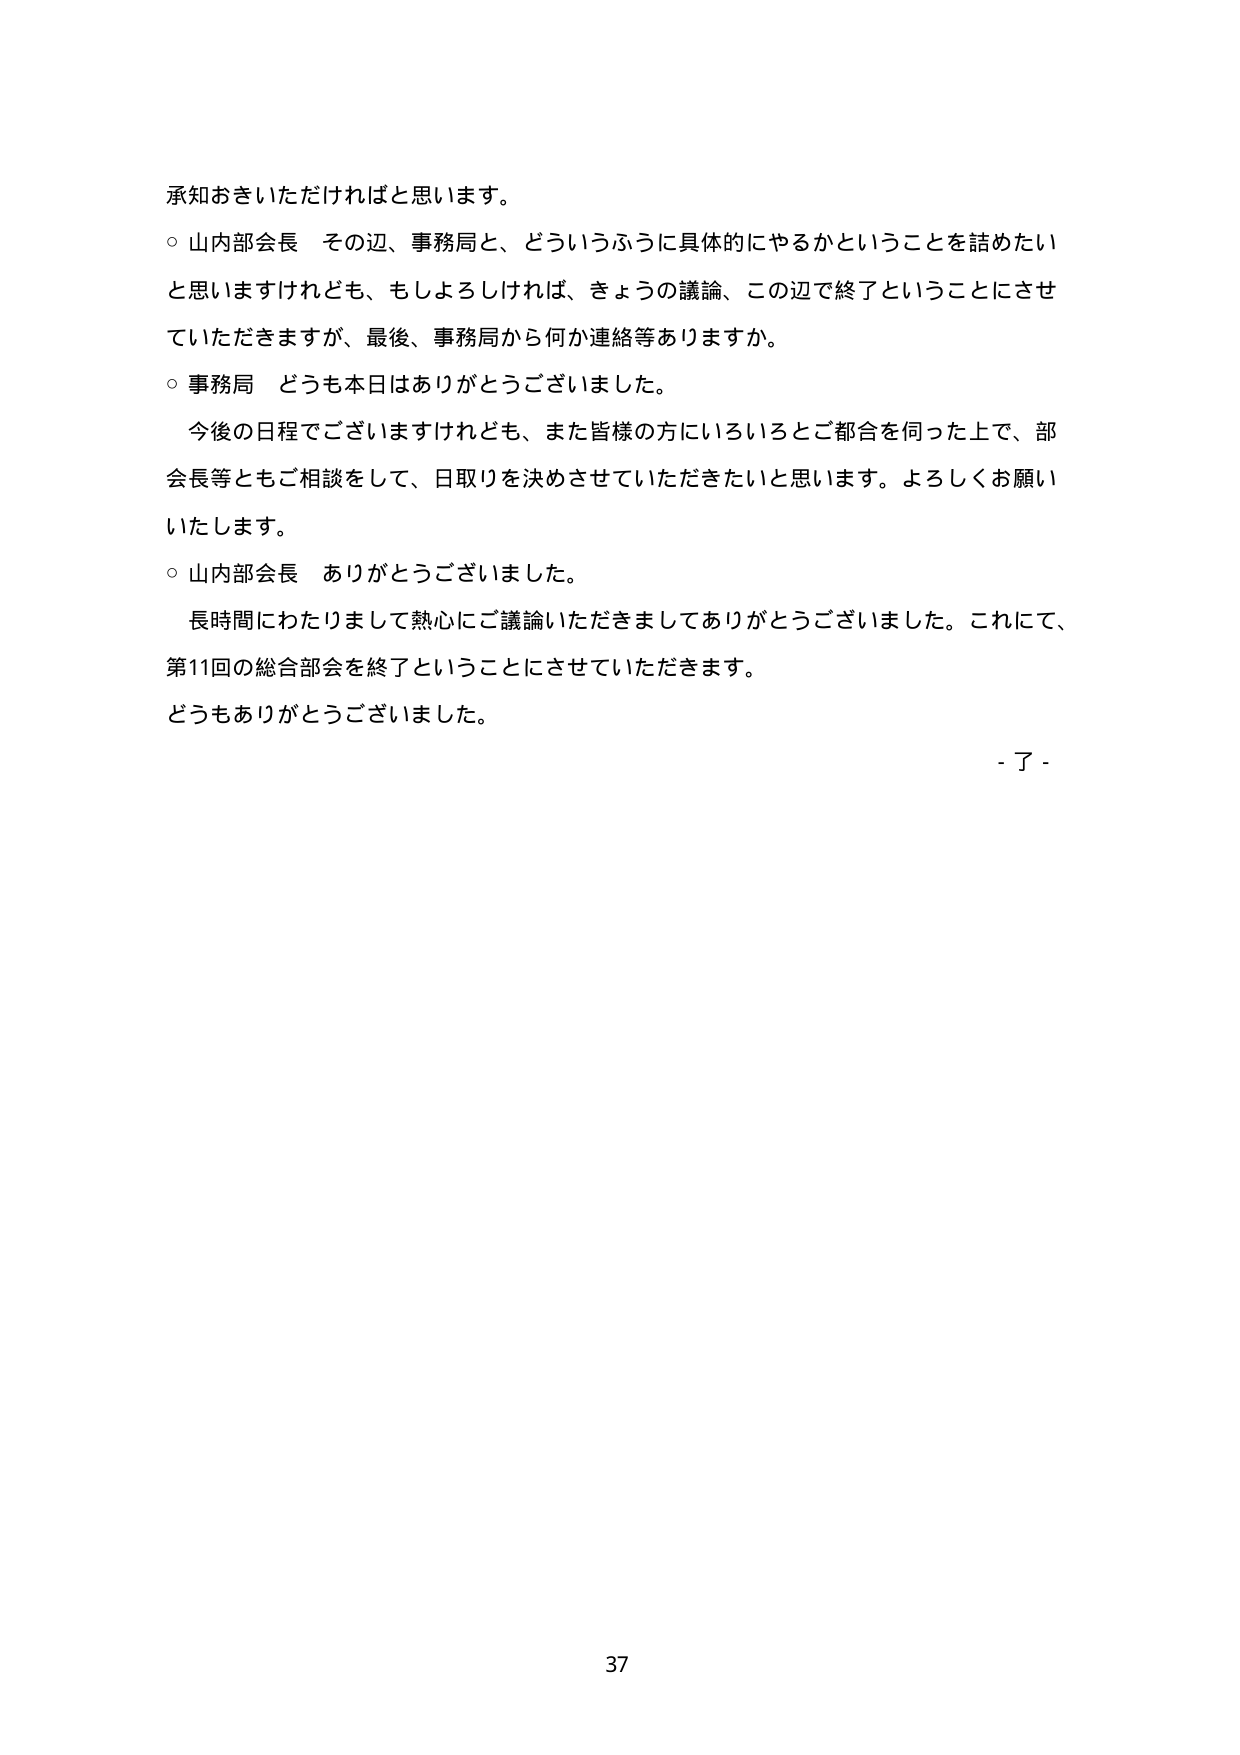
承知おきいただければと思います。

○ 山内部会長 その辺、事務局と、どういうふうに具体的にやるかということを詰めたいと思いますけれども、もしよろしければ、きょうの議論、この辺で終了ということにさせていただきますが、最後、事務局から何か連絡等ありますか。

○ 事務局 どうも本日はありがとうございました。

　今後の日程でございますけれども、また皆様の方にいろいろとご都合を伺った上で、部会長等ともご相談をして、日取りを決めさせていただきたいと思います。よろしくお願いいたします。

○ 山内部会長 ありがとうございました。

　長時間にわたりまして熱心にご議論いただきましてありがとうございました。これにて、第11回の総合部会を終了ということにさせていただきます。

どうもありがとうございました。

- 了 -

37